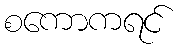
စကောကရင်